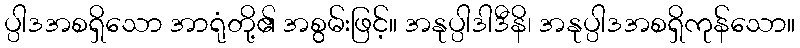
ပ္ပါဒအစရှိသော အာရုံတို့၏ အစွမ်းဖြင့်။ အနုပ္ပါဒါဒီနိ၊ အနုပ္ပါဒအစရှိကုန်သော။